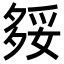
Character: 𡖲